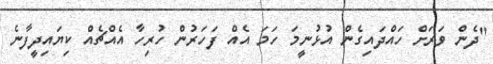
"ދެން ވަރަށް ހައްދައިގެން އުޅުނީމަ ހަމަ އެއް ފަހަރުން ހުރިހާ އެއްޗެއް ކިޔައިދީފާނެ